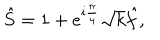
LaTeX: \hat { S } = 1 + e ^ { i \frac { \pi } { 4 } } \sqrt { k } \hat { f } ,